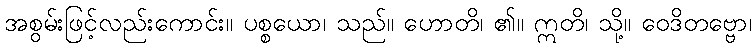
အစွမ်းဖြင့်လည်းကောင်း။ ပစ္စယော၊ သည်။ ဟောတိ၊ ၏။ ဣတိ၊ သို့။ ဝေဒိတဗ္ဗော၊